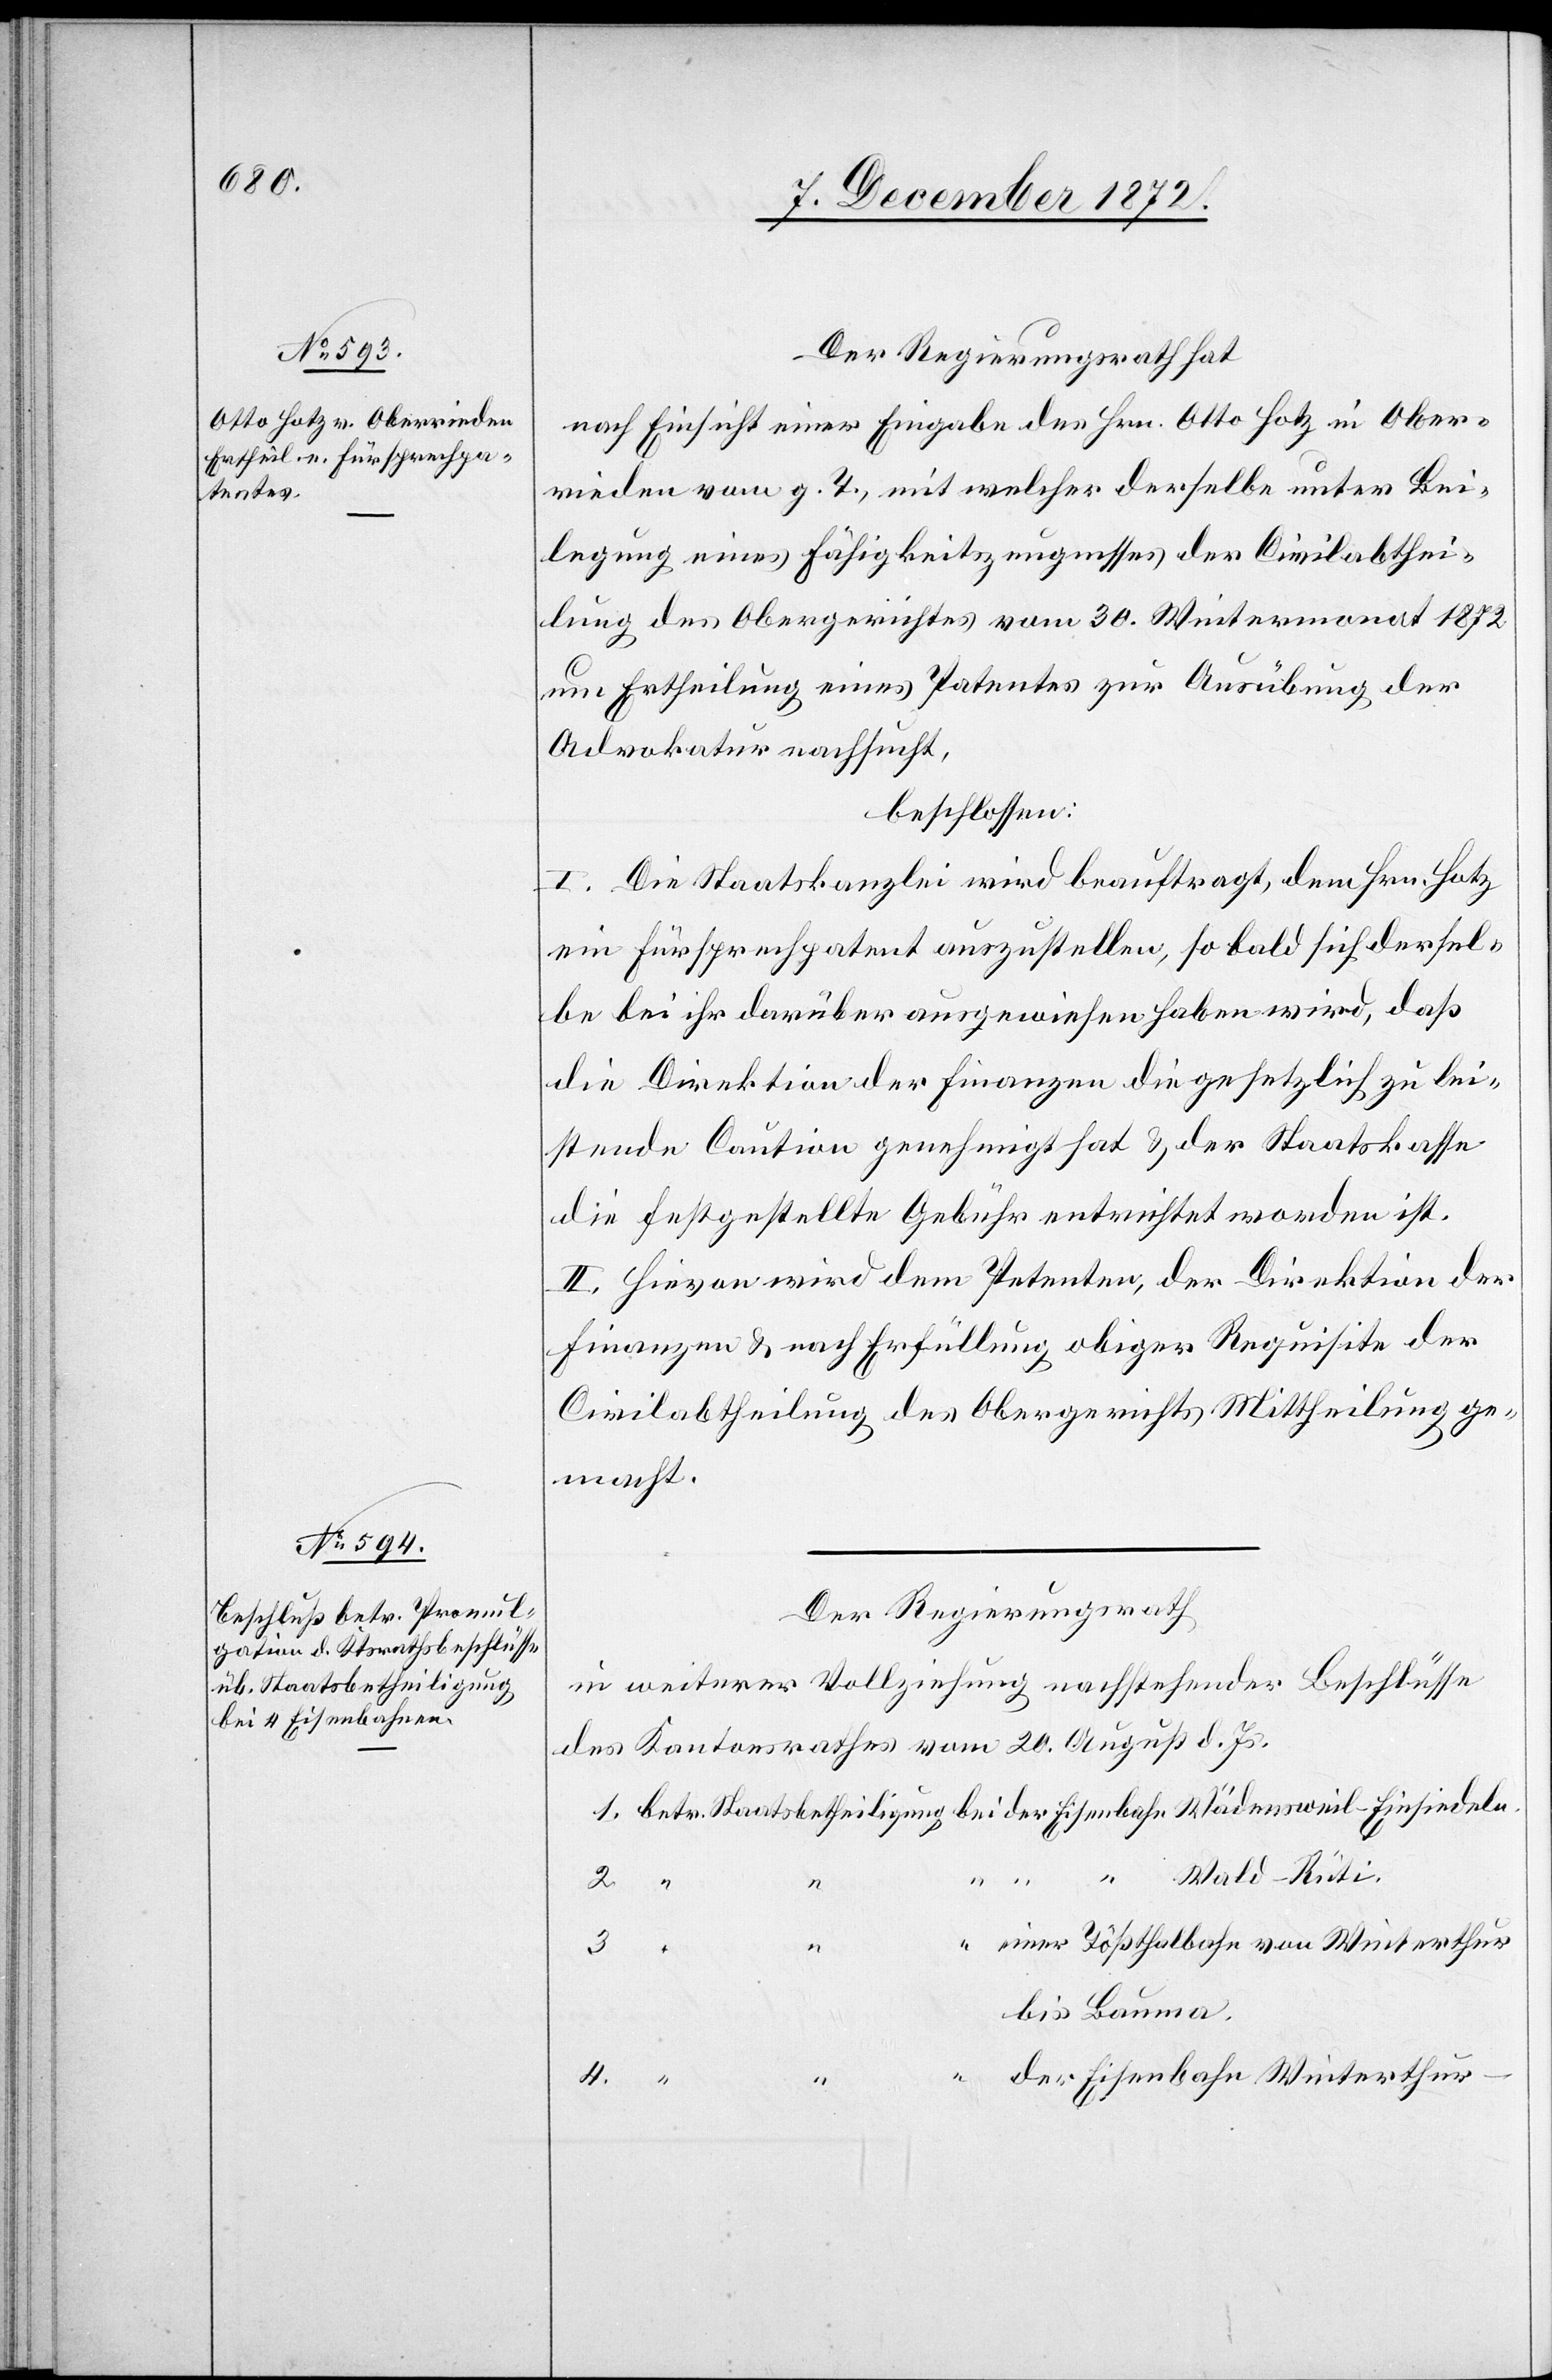
Staatsbetheiligung

Der Regierungsrath hat
nach Einsicht einer Eingabe des Hrn. Otto Hotz in Ober¬
rieden vom g. T., mit welcher derselbe unter Bei¬
legung eines Fähigkeitszeugnisses der Civilabthei¬
lung des Obergerichtes vom 30. Wintermonat 1872
um Ertheilung eines Patentes zur Ausübung der
Advokatur nachsucht,
beschlossen:
I. Die Staatskanzlei wird beauftragt, dem Hrn. Hotz
ein Fürsprechpatent auszustellen, so bald sich dersel¬
be bei ihr darüber ausgewiesen haben wird, daß
die Direktion der Finanzen die gesetzlich zu lei¬
stende Caution genehmigt hat u. der Staatskasse
die festgestellte Gebühr entrichtet worden ist.
II. Hievon wird dem Petenten, der Direktion der
Finanzen u. nach Erfüllung obiger Requisite der
Civilabtheilung des Obergerichts Mittheilung ge¬
macht.
Der Regierungsrath
in weiterer Vollziehung nachstehender Beschlüsse
des Kantonsrathes vom 20. August d. Js.
Wald–Rüti.
2.
4.
einer Tößthalbahn von Winterthur
3.
bis Bauma.
der Eisenbahn Winterthur–